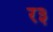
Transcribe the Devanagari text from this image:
र३